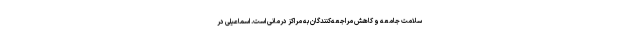
سلامت جامعه و کاهش مراجعه‌کنندگان به مراکز درمانی است. اسماعیلی در